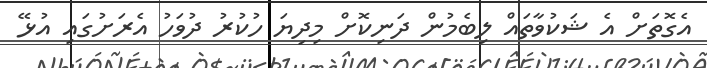
އެގޮތަށް އެ ޝަކުވާތައް ލިބެމުން ދަނިކޮށް މިދިޔަ ހުކުރު ދުވަހު އެރަށުގައި އުޅޭ